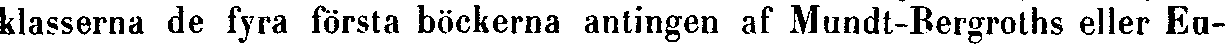
klasserna de fyra första böckerna antingen af Mundt-Bergroths eller Eu-